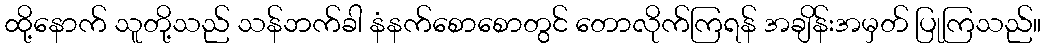
ထို့နောက် သူတို့သည် သန်ဘက်ခါ နံနက်စောစောတွင် တောလိုက်ကြရန် အချိန်းအမှတ် ပြုကြသည်။